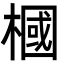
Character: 槶